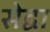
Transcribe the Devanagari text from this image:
सेद्वा